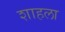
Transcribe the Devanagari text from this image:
शाहला